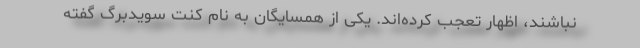
نباشند، اظهار تعجب کرده‌اند. یکی از همسایگان به نام کنت سویدبرگ گفته